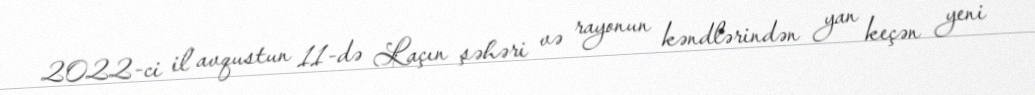
2022-ci il avqustun 11-də Laçın şəhəri və rayonun kəndlərindən yan keçən yeni